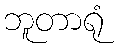
ဘူတာရုံ